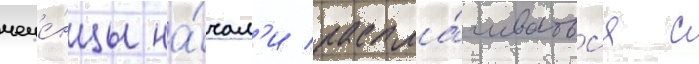
чече́нцы на́чал'и распла́чиватьс'я с